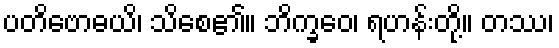
ပတိဗောဓယိ၊ သိစေ၏။ ဘိက္ခဝေ၊ ရဟန်းတို့။ တဿ၊